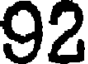
92